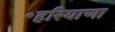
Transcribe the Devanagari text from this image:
॰हरियाणा